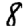
Digit: 8